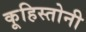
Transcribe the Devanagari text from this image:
कूहिस्तोनी